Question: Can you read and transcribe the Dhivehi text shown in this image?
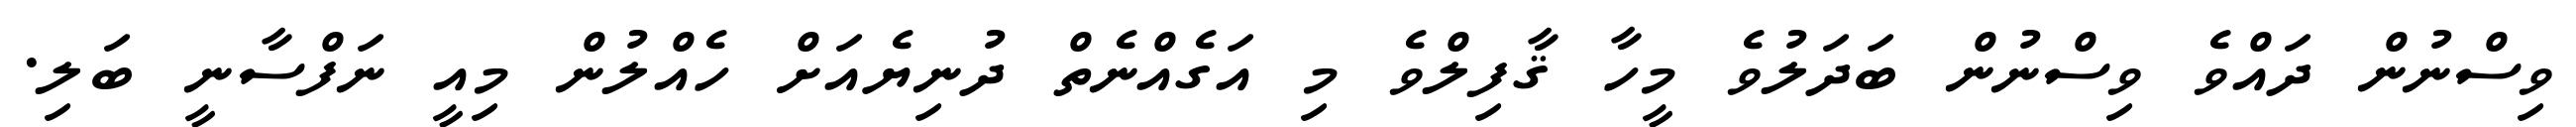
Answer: ވިސްނުން ދައްވެ ވިސްނުން ބަދަލުވެ މީހާ ޤާފިލްވެ މި އަގެއްނެތް ދުނިޔެއަށް ހެއްލުން މިއީ ނަފްސާނީ ބަލި.